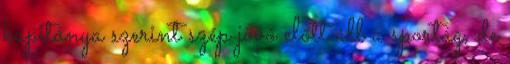
kapitánya szerint szép jövő előtt áll a sportág, de